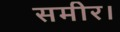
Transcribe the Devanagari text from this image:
समीर।